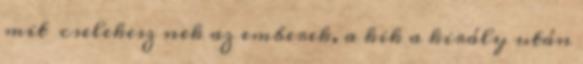
mit cselekesz nek az emberek, a kik a király után